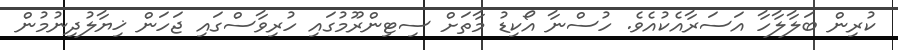
ކުރިން ބަލާލާހާ އަސަރާއެކުއެވެ. ހުސްނާ އޯކިޑު މާތަށް ސިޓިންރޫމުގައި ހުރިވާސްގައި ޖަހަން ޚިޔާލުދިނުމުން